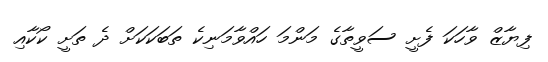
ފިޔާޒް ވާހަކަ ފެށީ ސަވީތާގެ މަންމަ ހައްވާމަނިކެ ތަބަކަކަށް ދެ ތަށީ ކޯކާއި